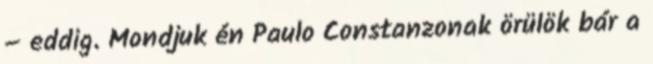
– eddig. Mondjuk én Paulo Constanzonak örülök bár a